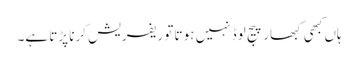
ہاں کبھی کبھار پیج لوڈ نہیں ہوتا تو ریفریش کرنا پڑتا ہے۔